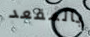
بالمقعد